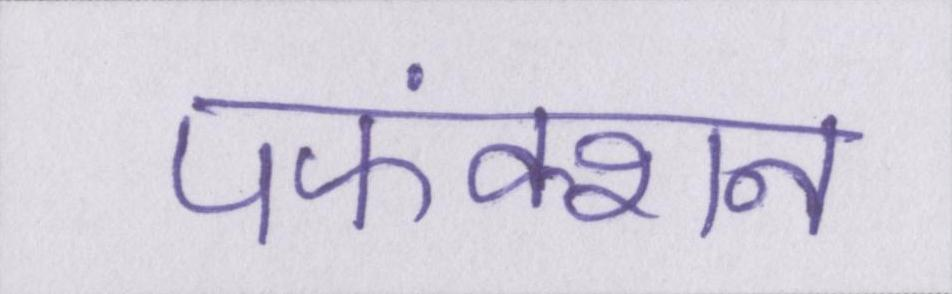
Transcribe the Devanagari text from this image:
पफंक्शन